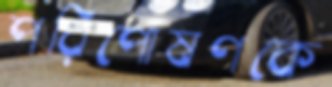
পরিপোষণকে